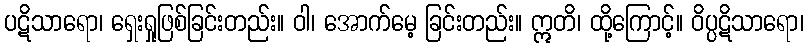
ပဋိသာရော၊ ရှေးရှုဖြစ်ခြင်းတည်း။ ဝါ၊ အောက်မေ့ ခြင်းတည်း။ ဣတိ၊ ထို့ကြောင့်။ ဝိပ္ပဋိသာရော၊